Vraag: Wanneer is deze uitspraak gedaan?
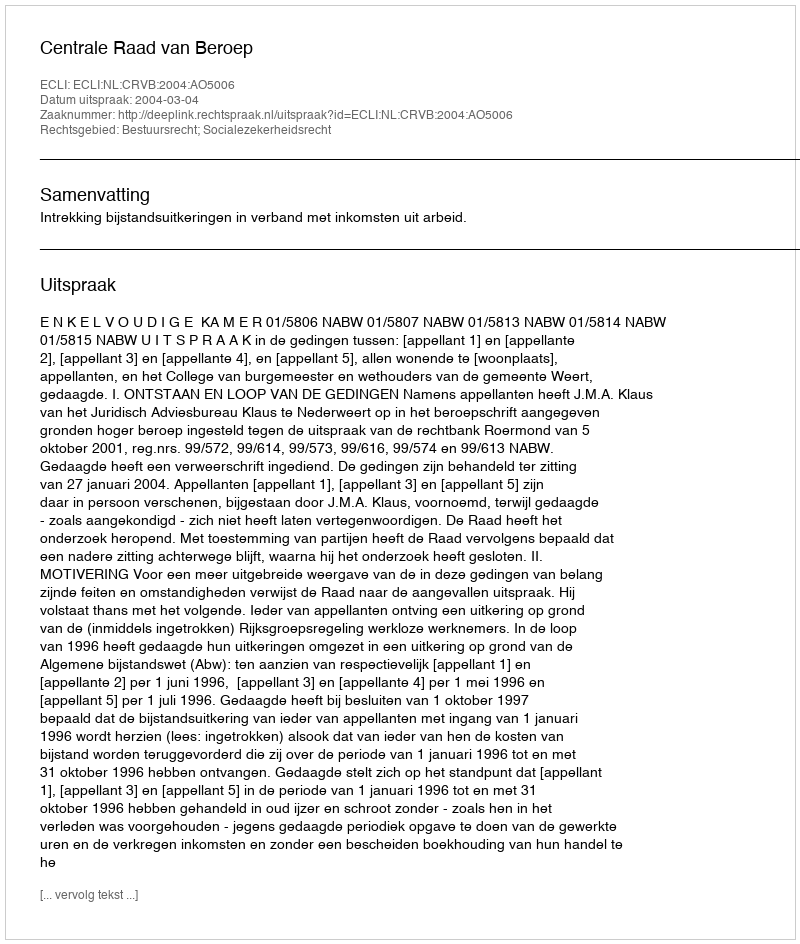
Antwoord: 2004-03-04